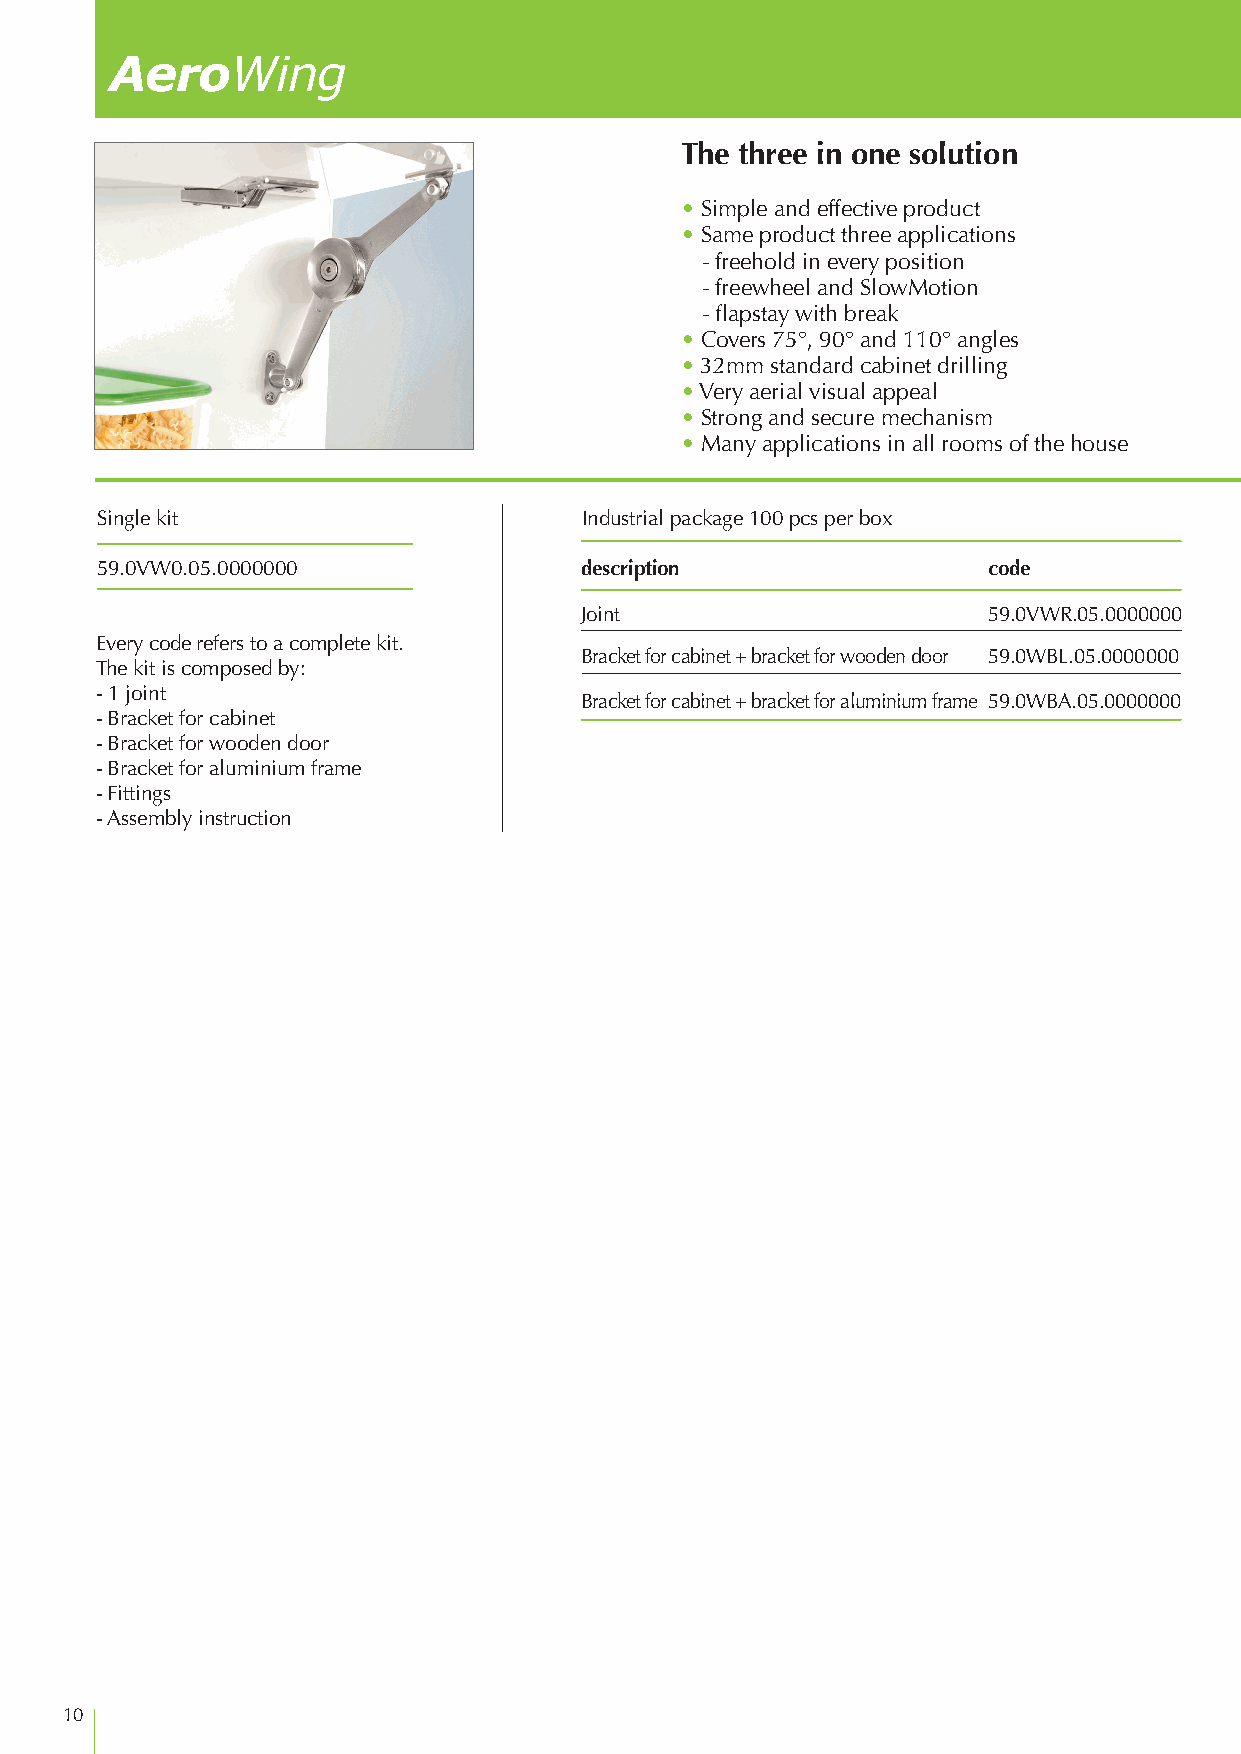
AeroWing
 The three in one solution
 • Simple and effective product
 • Same product three applications
 - freehold in every position
 - freewheel and SlowMotion
 - flapstay with break
 • Covers 75°, 90° and 110° angles
 • 32mm standard cabinet drilling
 • Very aerial visual appeal
 • Strong and secure mechanism
 • Many applications in all rooms of the house
 Single kit                      Industrial package 100 pcs per box
 59.0VW0.05.0000000              description                code
 90 32
 132                      X
 32
 Joint                      59.0VWR.05.0000000                  X                           28/37                  12
 Every code refers to a complete kit.                                                                                                          X Bracket for cabinet + bracket for wooden door 59.0WBL.05.0000000 90° The kit is composed by:
 - 1 joint
 Bracket for cabinet + bracket for aluminium frame 59.0WBA.05.0000000
 - Bracket for cabinet                                                                     75°                   90°
 - Bracket for wooden door
 - Bracket for aluminium frame
 28/37                28/37
 - Fittings
 110 32 X
 - Assembly instruction
 max. 40cm
 32 X
 92
 110°
 28/37
 10
 91
 91
 821
 23
 061
 23
 91
 061
 23
 23
 531
 23